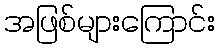
အဖြစ်များကြောင်း